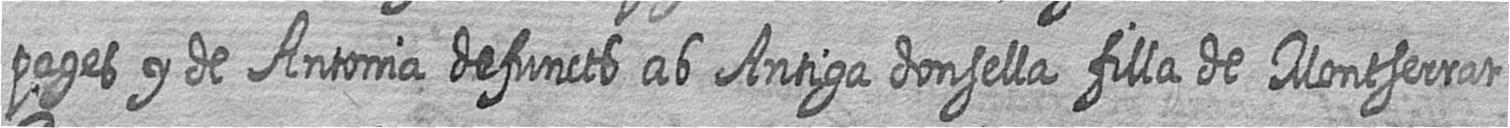
pages y de Antonia defuncts ab Antiga donsella filla de Montserrat